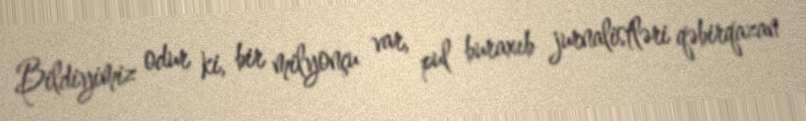
Bildiyimiz odur ki, bir milyonçu var, pul buraxıb jurnalistləri qəbirqazan